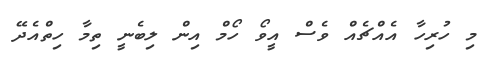
މި ހުރިހާ އެއްޗެއް ވެސް އީވޯ ހޯމް އިން ލިބެނީ ތިމާ ހިތްއެދޭ